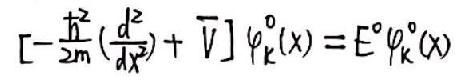
\[ \left[ -\frac{\hbar^2}{2m} \left( \frac{d^2}{dx^2} \right) + \overline{V} \right] \varphi_{\mathbf{k}}^0 (x) = E^0 \varphi_{\mathbf{k}}^0 (x) \]